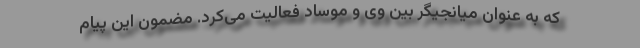
که به عنوان میانجیگر بین وی و موساد فعالیت می‌کرد. مضمون این پیام